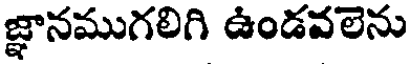
జ్ఞానముగలిగి ఉండవలెను